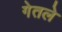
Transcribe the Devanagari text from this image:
गेतले